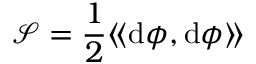
{ \mathcal { S } } = { \frac { 1 } { 2 } } \langle \! \langle \mathrm { d } \phi , \mathrm { d } \phi \rangle \! \rangle